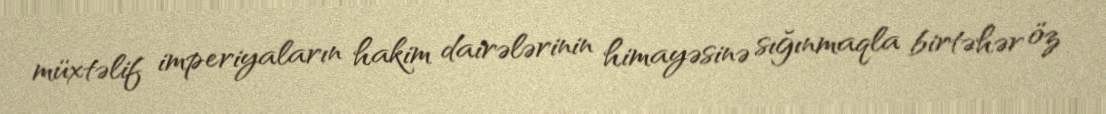
müxtəlif imperiyaların hakim dairələrinin himayəsinə sığınmaqla birtəhər öz